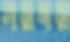
সরবর